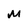
Character: M